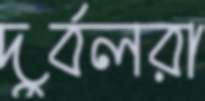
দুর্বলরা